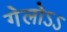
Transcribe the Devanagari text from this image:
गेलोऽऽ